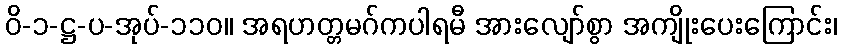
ဝိ-၁-ဋ္ဌ-ပ-အုပ်-၁၁၀။ အရဟတ္တမဂ်ကပါရမီ အားလျော်စွာ အကျိုးပေးကြောင်း၊